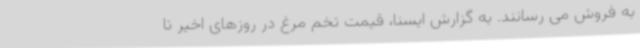
به فروش می رسانند. به گزارش ایسنا، قیمت تخم مرغ در روزهای اخیر تا